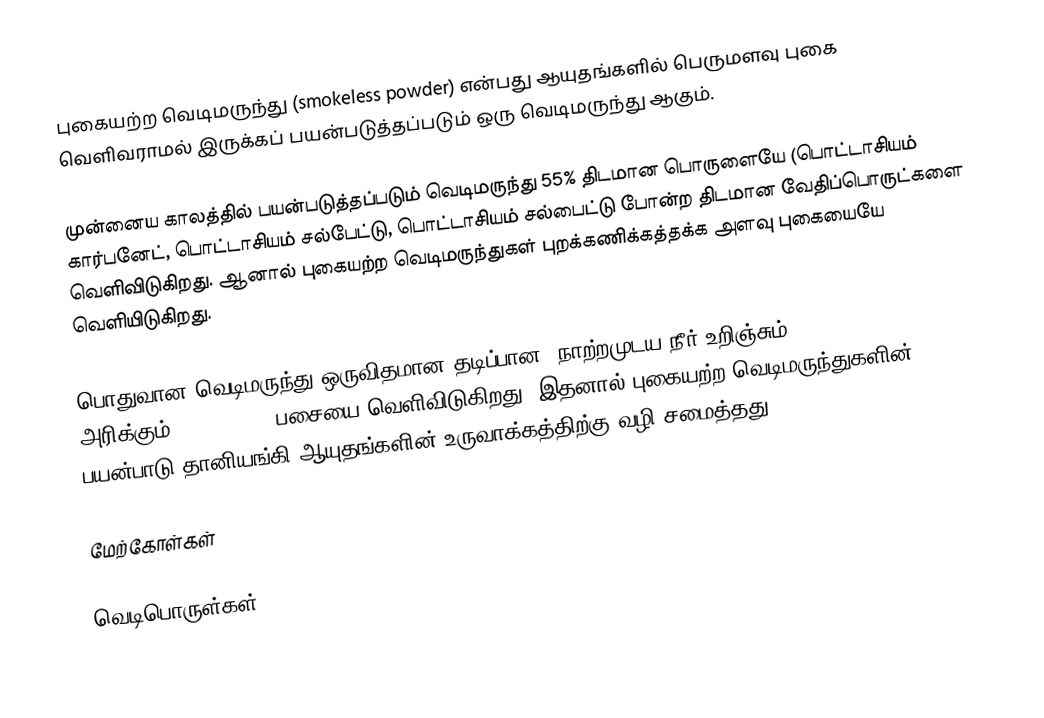
புகையற்ற வெடிமருந்து (smokeless powder) என்பது ஆயுதங்களில் பெருமளவு புகை வெளிவராமல் இருக்கப் பயன்படுத்தப்படும் ஒரு வெடிமருந்து ஆகும்.

முன்னைய காலத்தில் பயன்படுத்தப்படும் வெடிமருந்து 55% திடமான பொருளையே (பொட்டாசியம் கார்பனேட், பொட்டாசியம் சல்பேட்டு, பொட்டாசியம் சல்பைட்டு போன்ற திடமான வேதிப்பொருட்களை வெளிவிடுகிறது. ஆனால் புகையற்ற வெடிமருந்துகள் புறக்கணிக்கத்தக்க அளவு புகையையே வெளியிடுகிறது.

பொதுவான வெடிமருந்து ஒருவிதமான தடிப்பான, நாற்றமுடய நீர் உறிஞ்சும்  (hygroscopic) அரிக்கும் (corrosive) பசையை வெளிவிடுகிறது. இதனால் புகையற்ற வெடிமருந்துகளின் பயன்பாடு தானியங்கி ஆயுதங்களின் உருவாக்கத்திற்கு வழி சமைத்தது.

மேற்கோள்கள்

வெடிபொருள்கள்